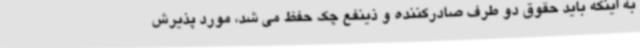
به اینکه باید حقوق دو طرف صادرکننده و ذینفع چک حفظ می شد، مورد پذیرش